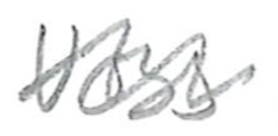
Text: Voss
Cross-out: wave
Writing tool: pencil